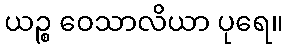
ယဉ္စ ဝေသာလိယာ ပုရေ။